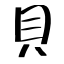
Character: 貝